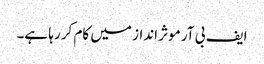
ایف بی آر موثر انداز میں کام کر رہا ہے۔